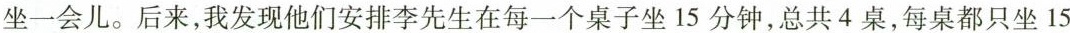
坐一会儿。后来，我发现他们安排李先生在每一个桌子坐15分钟，总共4桌，每桌都只坐15